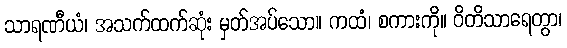
သာရဏီယံ၊ အသက်ထက်ဆုံး မှတ်အပ်သော။ ကထံ၊ စကားကို။ ဝိတိသာရေတွာ၊